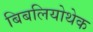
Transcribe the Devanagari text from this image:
बिबलियोथेक